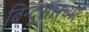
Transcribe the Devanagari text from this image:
बिन्दुसारच्या